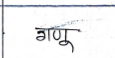
मजकूर: गणू